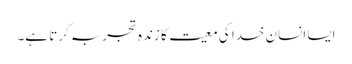
ایسا انسان خدا کی معیت کا زندہ تجربہ کرتا ہے۔